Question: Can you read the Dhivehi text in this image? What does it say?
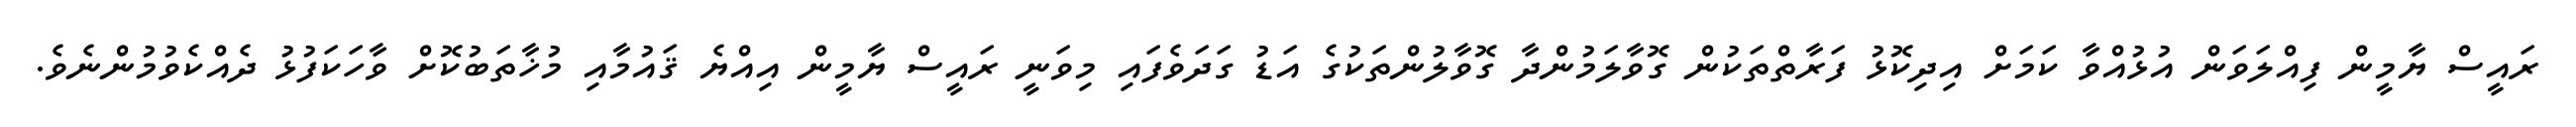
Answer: ރައީސް ޔާމީން ފިއްލަވަން އުޅުއްވާ ކަމަށް އިދިކޮޅު ފަރާތްތަކުން ގޮވާލަމުންދާ ގޮވާލުންތަކުގެ އަޑު ގަދަވެފައި މިވަނީ ރައީސް ޔާމީން އިއްޔެ ޤައުމާއި މުޚާތަބުކޮށް ވާހަކަފުޅު ދެއްކެވުމުންނެވެ.